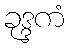
ခုဒ္ဒကံ